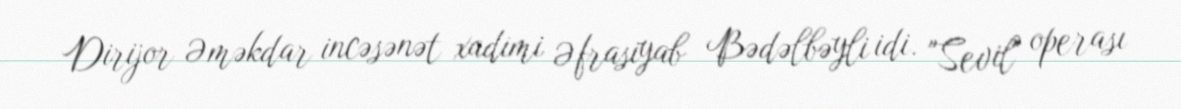
Dirijor Əməkdar incəsənət xadimi Əfrasiyab Bədəlbəyli idi. "Sevil" operası